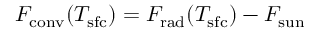
F _ { \mathrm { c o n v } } ( T _ { \mathrm { s f c } } ) = F _ { \mathrm { r a d } } ( T _ { \mathrm { s f c } } ) - F _ { \mathrm { s u n } }